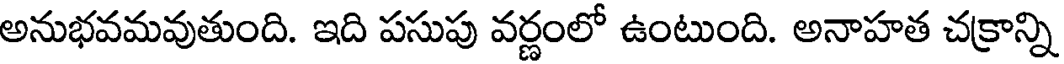
అనుభవమవుతుంది. ఇది పసుపు వర్ణంలో ఉంటుంది. అనాహత చక్రాన్ని